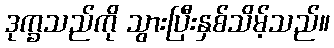
ဒုက္ခသည်ကို သွားပြီးနှစ်သိမ့်သည်။